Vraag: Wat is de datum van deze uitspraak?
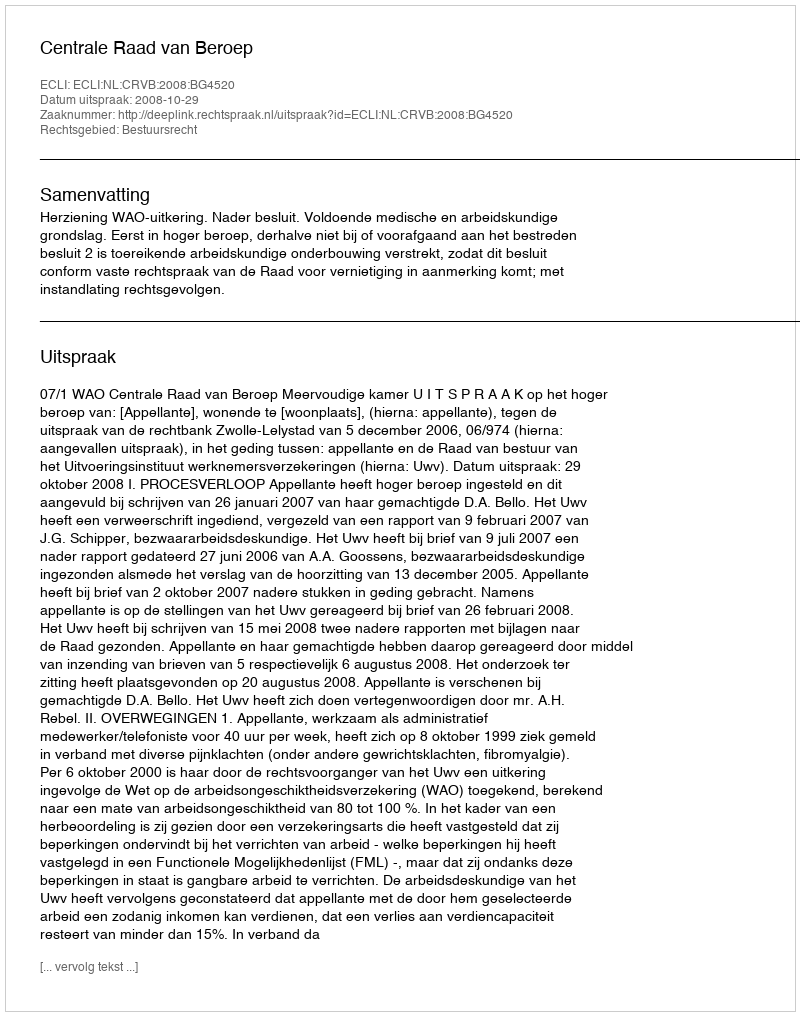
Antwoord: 2008-10-29